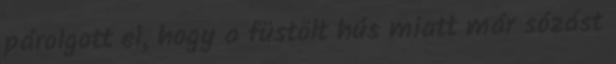
párolgott el, hogy a füstölt hús miatt már sózást